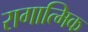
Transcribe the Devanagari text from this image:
रागात्मिक